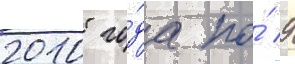
2010 го́да по́ 9